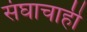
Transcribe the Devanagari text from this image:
संघाचाही